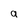
Character: a